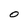
Character: O